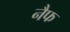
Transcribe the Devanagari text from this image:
नैफ